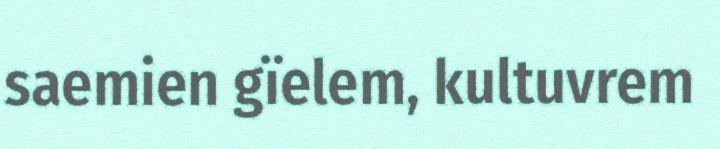
saemien gïelem, kultuvrem